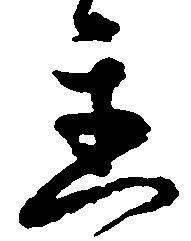
遅